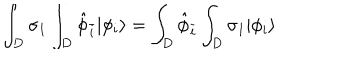
\int _ { D } \sigma _ { 1 } \int _ { D } { \hat { \phi } } _ { \bar { i } } | \phi _ { i } \rangle = \int _ { D } { \hat { \phi } } _ { \bar { i } } \int _ { D } \sigma _ { 1 } | \phi _ { i } \rangle \,